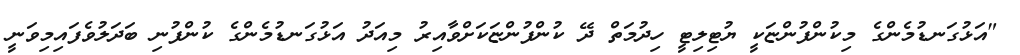
"އަޅުގަނޑުމެންގެ މިކުންފުންޏަކީ ޔުޓިލިޓީ ހިދުމަތް ދޭ ކުންފުންޏަކަށްވާއިރު މިއަދު އަޅުގަނޑުމެންގެ ކުންފުނި ބަދަލުވެފައިމިވަނީ